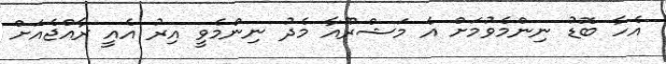
އެހާ ބޮޑު ނިންމެވުމަށް އެ މަޝްރޫއާ މެދު ނިންމެވީ އިރު އެއީ ރާއްޖެއަށް